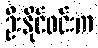
ဦးနိုင်ဝင်းက